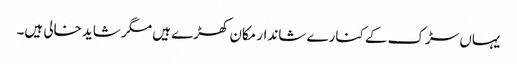
یہاں سڑک کے کنارے شاندار مکان کھڑے ہیں مگر شاید خالی ہیں۔